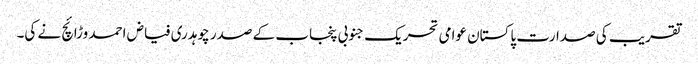
تقریب کی صدارت پاکستان عوامی تحریک جنوبی پنجاب کے صدر چوہدری فیاض احمد وڑائچ نے کی۔